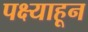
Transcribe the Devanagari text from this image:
पक्ष्याहून